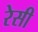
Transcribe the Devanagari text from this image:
रेसी